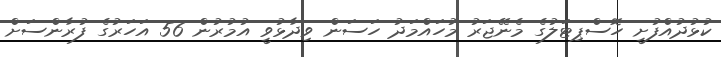
ކުޅުދުއްފުށީ ހޮސްޕިޓަލުގެ މެނޭޖަރު މުހައްމަދު ހަސަން ވިދާޅުވީ އުމުރުން 56 އަހަރުގެ ފުރާންސަށް